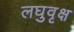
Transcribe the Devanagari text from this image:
लघुवृक्ष